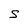
Character: S